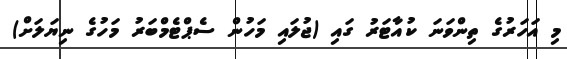
މި އަހަރުގެ ތިންވަނަ ކުއާޓަރު ގައި (ޖުލައި މަހުން ސެޕްޓެމްބަރު މަހުގެ ނިޔަލަށް)